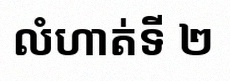
លំហាត់ទី ២